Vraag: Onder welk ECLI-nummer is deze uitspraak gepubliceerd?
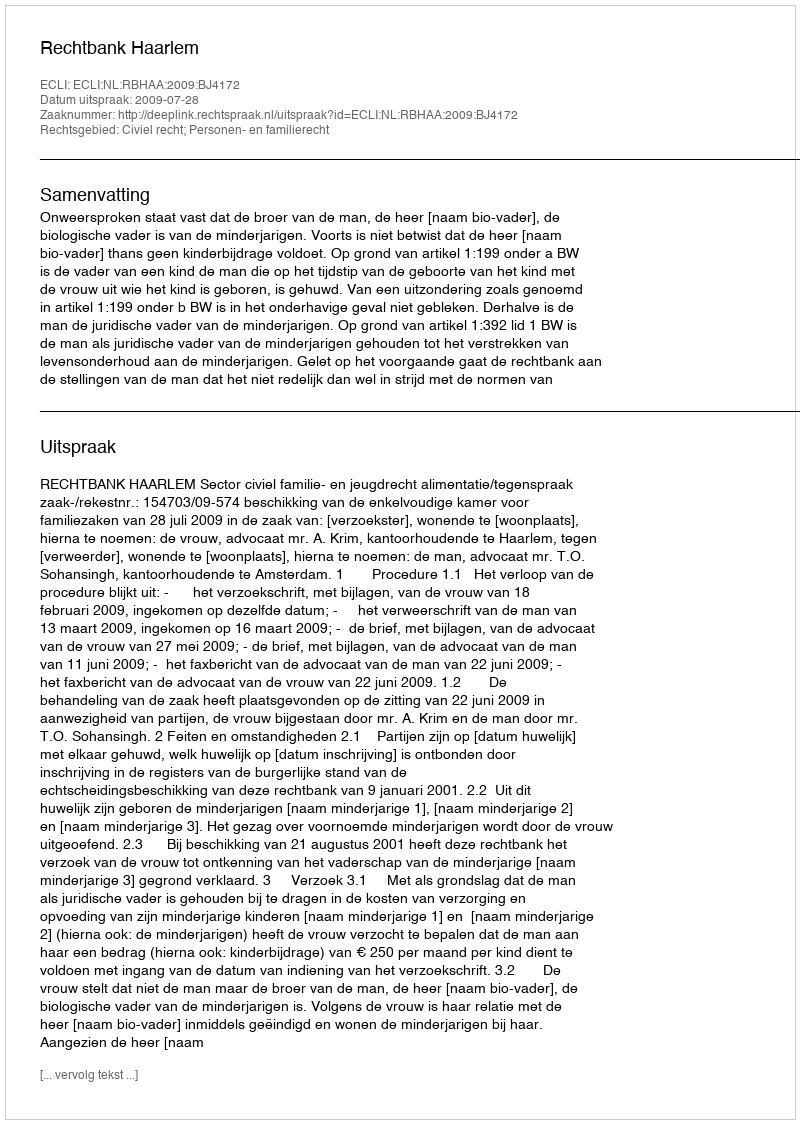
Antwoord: ECLI:NL:RBHAA:2009:BJ4172